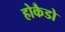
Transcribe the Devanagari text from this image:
होकैडो